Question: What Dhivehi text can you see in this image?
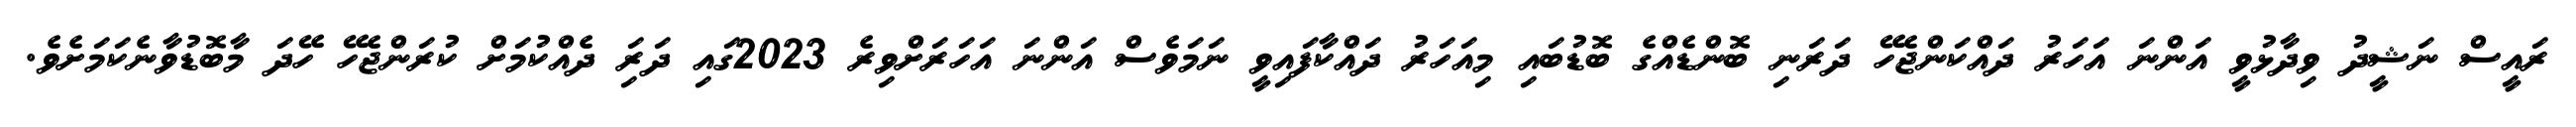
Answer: ރައީސް ނަޝީދު ވިދާޅުވީ އަންނަ އަހަރު ދައްކަންޖެހޭ ދަރަނި ބޮންޑެއްގެ ބޮޑުބައި މިއަހަރު ދައްކާފައިވީ ނަމަވެސް އަންނަ އަހަރަށްވިރެ 2023ގައި ދަރަި ދެއްކުމަށް ކުރަންޖެހޭ ހޭދަ މާބޮޑުވާނެކަމަށެވެ.